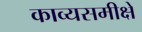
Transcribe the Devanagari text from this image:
काव्यसमीक्षे